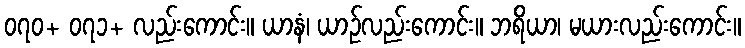
၀၇၀+ ၀၇၁+ လည်းကောင်း။ ယာနံ၊ ယာဉ်လည်းကောင်း။ ဘရိယာ၊ မယားလည်းကောင်း။